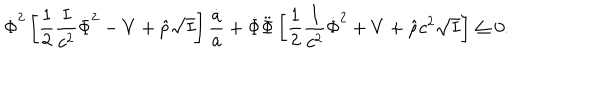
\dot { \Phi } ^ { 2 } \left[ { \frac { 1 } { 2 } } { \frac { I } { c ^ { 2 } } } \dot { \Phi } ^ { 2 } - V + \hat { p } \sqrt { I } \right] { \frac { \dot { a } } { a } } + \dot { \Phi } \ddot { \Phi } \left[ { \frac { 1 } { 2 } } { \frac { I } { c ^ { 2 } } } \dot { \Phi } ^ { 2 } + V + \hat { \rho } c ^ { 2 } \sqrt { I } \right] \leq 0 .